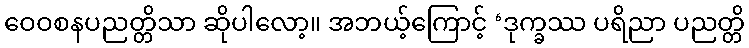
ဝေဝစနပညတ္တိသာ ဆိုပါလော့။ အဘယ့်ကြောင့် ‘ဒုက္ခဿ ပရိညာ ပညတ္တိ